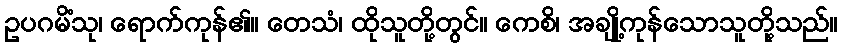
ဥပဂမိံသု၊ ရောက်ကုန်၏။ တေသံ၊ ထိုသူတို့တွင်။ ကေစိ၊ အချို့ကုန်သောသူတို့သည်။